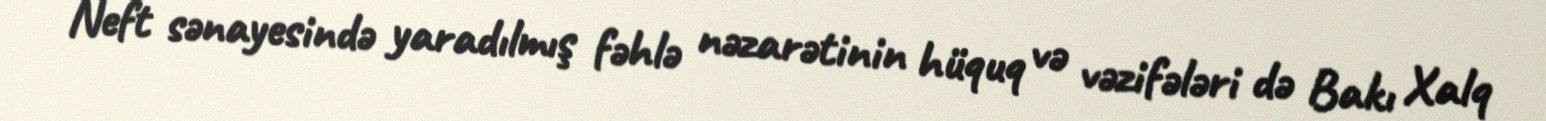
Neft sənayesində yaradılmış fəhlə nəzarətinin hüquq və vəzifələri də Bakı Xalq